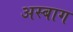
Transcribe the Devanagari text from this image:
अस्बाग